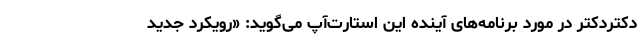
دکتردکتر در مورد برنامه‌های آینده این استارت‌آپ می‌گوید: «رویکرد جدید